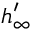
h _ { \infty } ^ { \prime }